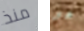
منذ هو